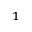
^ 1